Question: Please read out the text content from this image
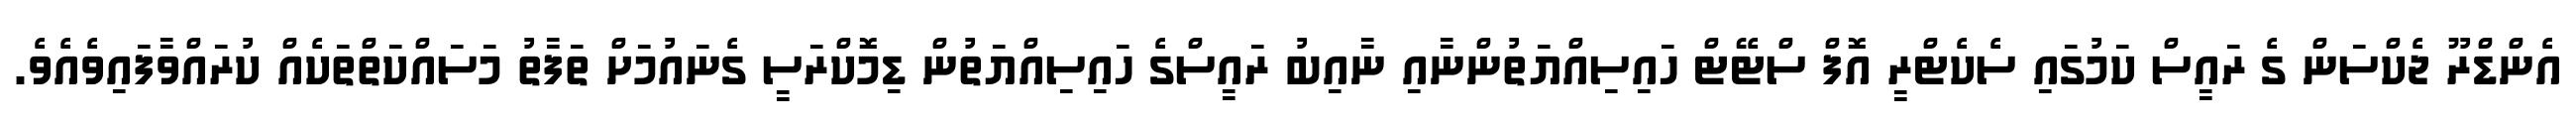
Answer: އެންޑްރޫ ޖެކްސަން ގެ ރައީސް ކަމުގައި ސެކެޓްރީ އޮފް ސްޓޭޓް ހައިސިއްޔަތުންނާއި ނާއިބު ރައީސްގެ ހައިސިއްޔަތުން ޑިމޮކްރަސީ ގެނައުމަށް ތަފާތު މަސައްކަތްތަކެއް ކުރައްވާފައިވެއެވެ.